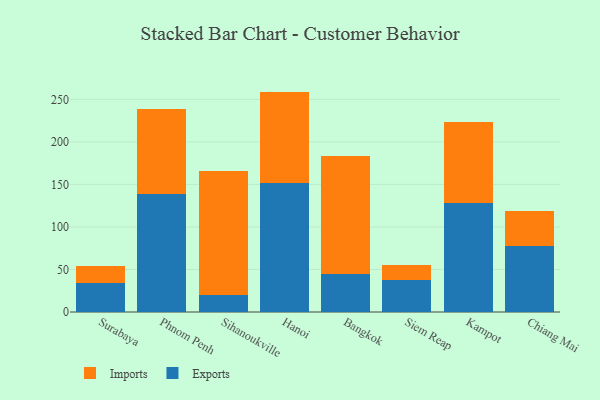
{"axis": {"x": "City", "y": "Tickets Resolved"}, "legend": ["Exports", "Imports"], "data": [{"x": "Surabaya", "y": 34.0, "type": "Exports"}, {"x": "Surabaya", "y": 20.2, "type": "Imports"}, {"x": "Phnom Penh", "y": 138.8, "type": "Exports"}, {"x": "Phnom Penh", "y": 99.5, "type": "Imports"}, {"x": "Sihanoukville", "y": 19.9, "type": "Exports"}, {"x": "Sihanoukville", "y": 145.6, "type": "Imports"}, {"x": "Hanoi", "y": 151.1, "type": "Exports"}, {"x": "Hanoi", "y": 108.0, "type": "Imports"}, {"x": "Bangkok", "y": 44.3, "type": "Exports"}, {"x": "Bangkok", "y": 139.5, "type": "Imports"}, {"x": "Siem Reap", "y": 38.2, "type": "Exports"}, {"x": "Siem Reap", "y": 16.7, "type": "Imports"}, {"x": "Kampot", "y": 128.7, "type": "Exports"}, {"x": "Kampot", "y": 94.8, "type": "Imports"}, {"x": "Chiang Mai", "y": 77.3, "type": "Exports"}, {"x": "Chiang Mai", "y": 41.9, "type": "Imports"}]}